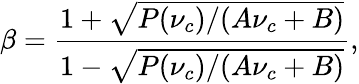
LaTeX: \beta=\frac{1+\sqrt{P(\nu_{c})/(A\nu_{c}+B)}}{1-\sqrt{P(\nu_{c})/(A\nu_{c}+B)}},